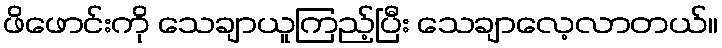
ဖိဖောင်းကို သေချာယူကြည့်ပြီး သေချာလေ့လာတယ်။